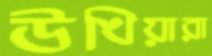
উখিয়ারা